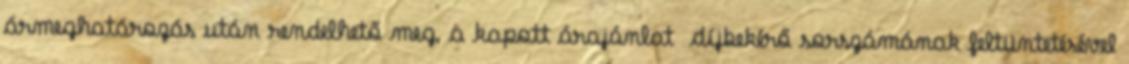
ármeghatározás után rendelhető meg, a kapott árajánlat díjbekérő sorszámának feltüntetésével